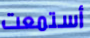
أستمعت